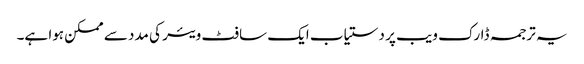
یہ ترجمہ ڈارک ویب پر دستیاب ایک سافٹ ویئر کی مدد سے ممکن ہوا ہے۔